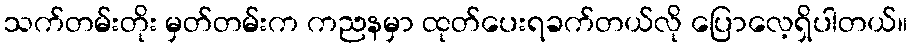
သက်တမ်းတိုး မှတ်တမ်းက ကညနမှာ ထုတ်ပေးရခက်တယ်လို ပြောလေ့ရှိပါတယ်။